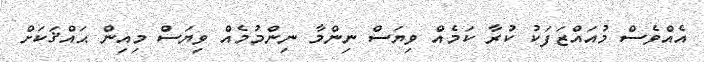
އެއްވެސް މުއައްޒަފަކު ކުރާ ކަމެއް ވިޔަސް ނިންމާ ނިންމުމެއް ވިޔަސް މިއިން ޙައްޤަކަށް